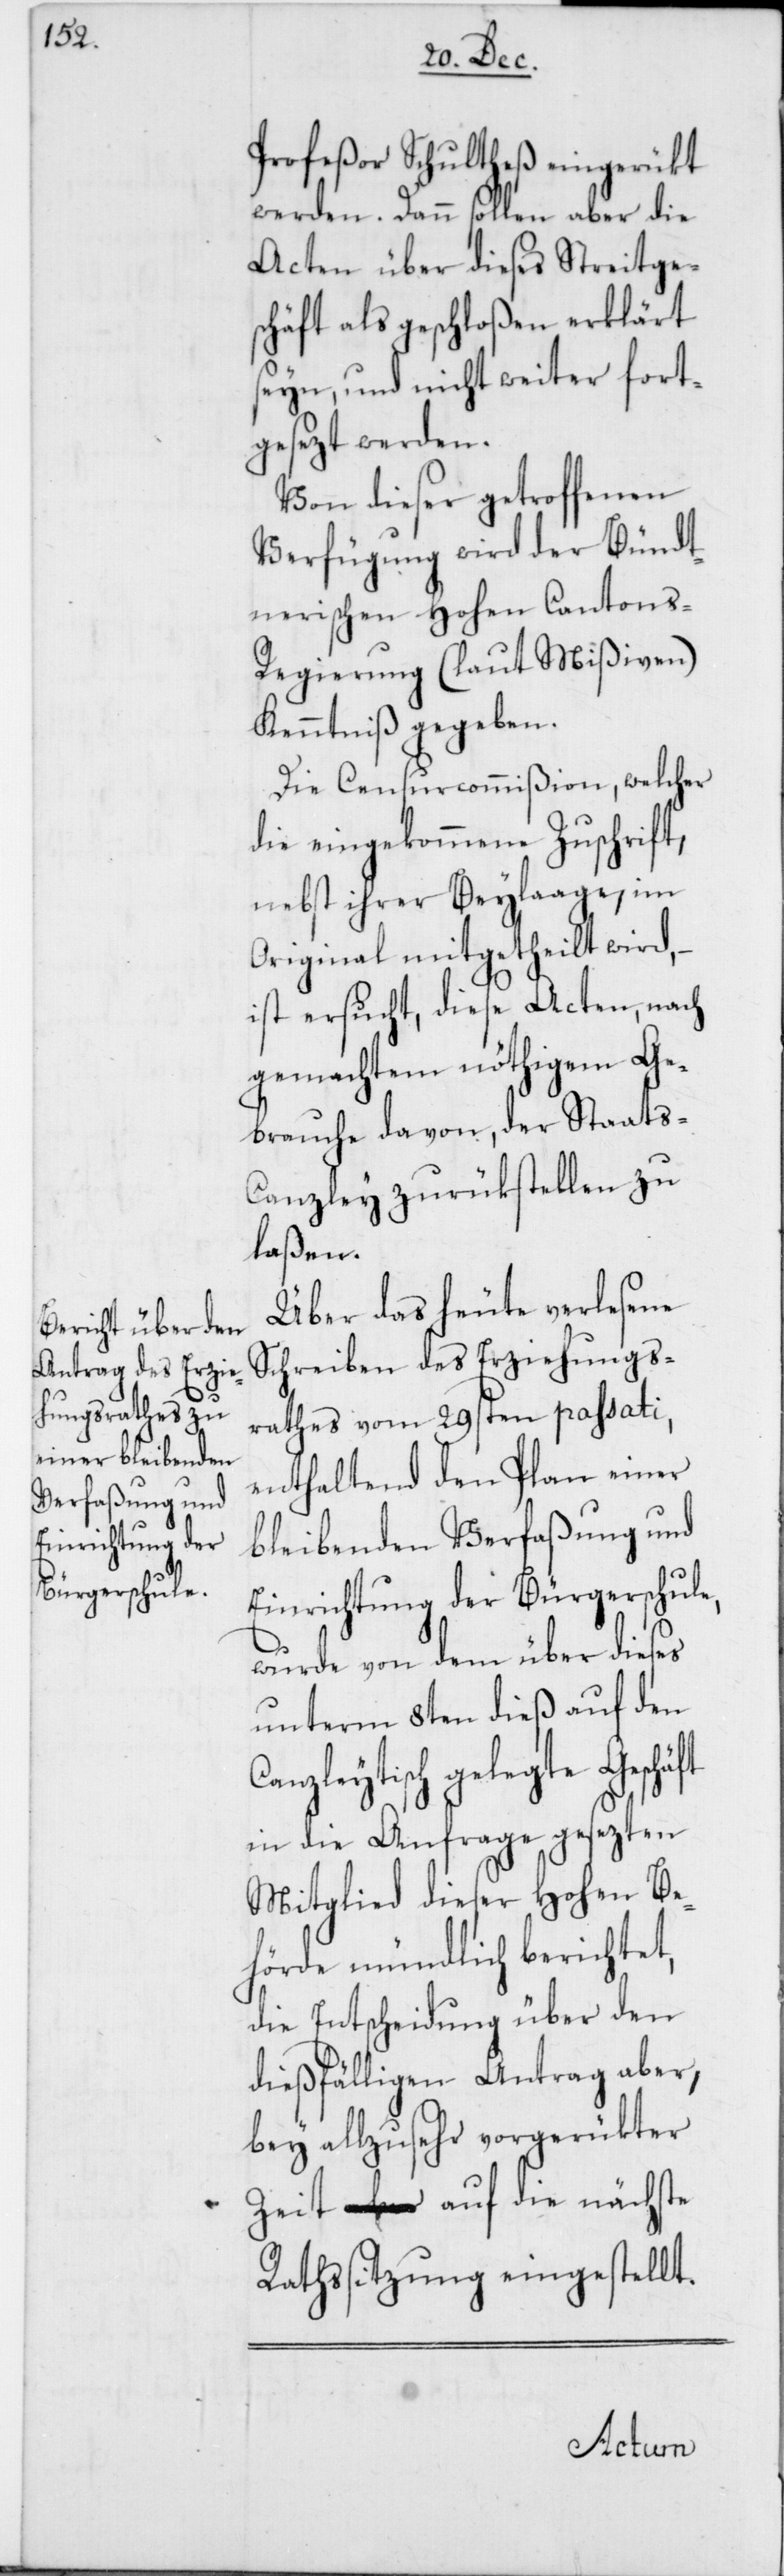
Profeßor Schultheß eingerükt
werden. Dann sollen aber die
Acten über dieses Streitge¬
schäft als geschloßen erklärt
seyn, und nicht weiter fort¬
gesezt werden.
Von dieser getroffenen
Verfügung wird der Bündt¬
nerischen Hohen Canton¬
s-Regierung (laut Mißiven)
Kenntniß gegeben.
Die Censurcommißion, welcher
die eingekommene Zuschrift,
nebst ihrer Beylaage, im
Original mitgetheilt wird,
ist ersucht, diese Acten, nach
gemachtem nöthigem Ge¬
brauche davon, der Staats-C¬
anzley zurükstellen zu
laßen.
Über das heute verlesene
Schreiben des Erziehungs¬
rathes vom 29sten passati,
enthaltend den Plan einer
bleibenden Verfaßung und
Einrichtung der Bürgerschule,
wurde von dem über dieses
unterm 8ten dieß auf den
Canzleytisch gelegte
in die Anfrage gesezten
Mitglied dieser Hohen Be¬
hörde mündlich berichtet,
die Entscheidung über den
dießfälligen Antrag aber,
bey allzusehr vorgerükter
Zeit, auf die nächste
Rathssitzung eingestellt.